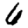
Digit: 6